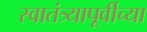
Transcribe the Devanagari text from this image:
स्वातंत्र्यापूर्वीच्या